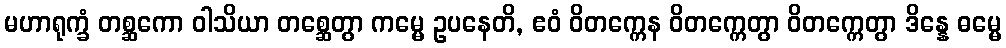
မဟာရုက္ခံ တစ္ဆကော ဝါသိယာ တစ္ဆေတွာ ကမ္မေ ဥပနေတိ, ဧဝံ ဝိတက္ကေန ဝိတက္ကေတွာ ဝိတက္ကေတွာ ဒိန္နေ ဓမ္မေ